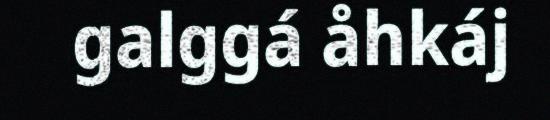
galggá åhkáj